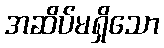
အဆိပ်မရှိသော